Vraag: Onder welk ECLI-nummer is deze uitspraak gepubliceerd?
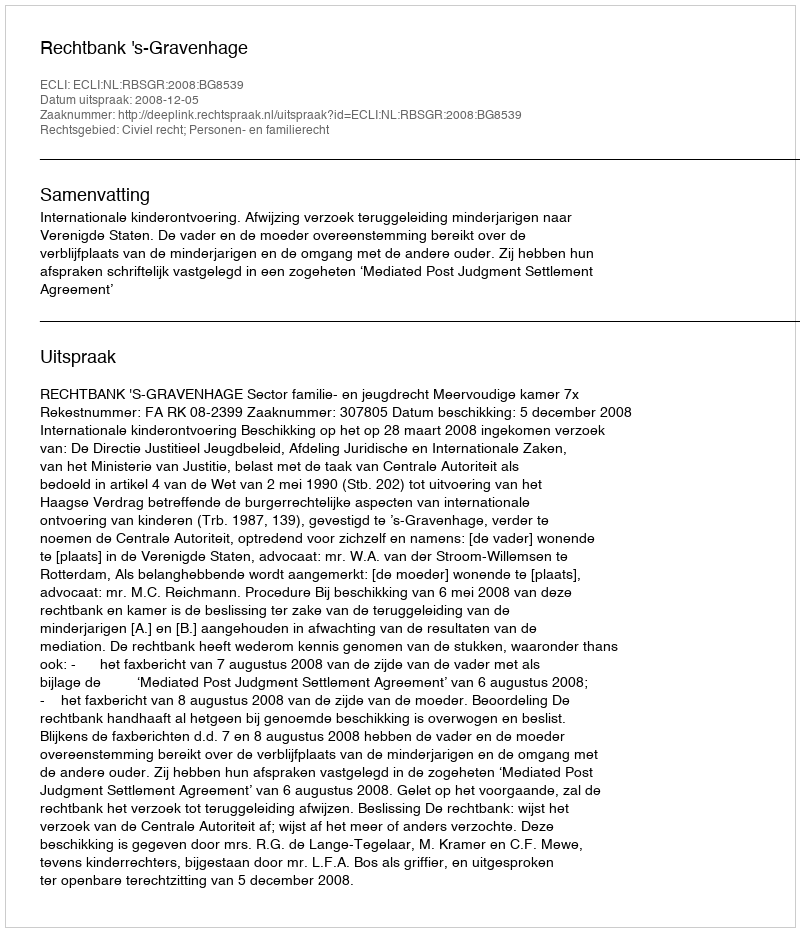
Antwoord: ECLI:NL:RBSGR:2008:BG8539